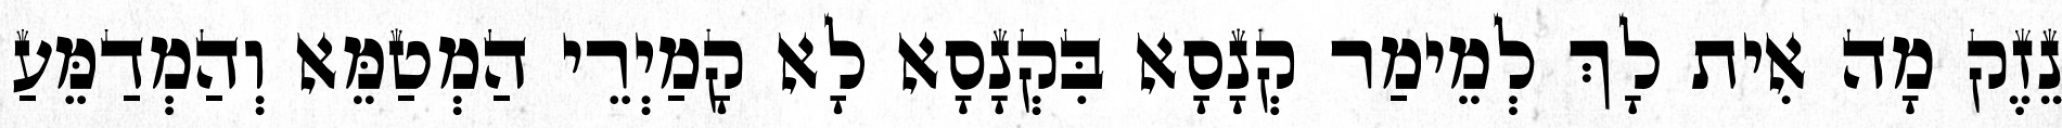
נֵזֶק מָה אִית לָךְ לְמֵימַר קְנָסָא בִּקְנָסָא לָא קָמַיְרֵי הַמְטַמֵּא וְהַמְדַמֵּעַ